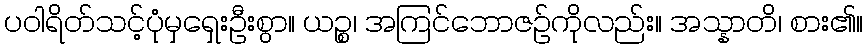
ပဝါရိတ်သင့်ပုံမှရှေးဦးစွာ။ ယဉ္စ၊ အကြင်ဘောဇဉ်ကိုလည်း။ အသ္နာတိ၊ စား၏။